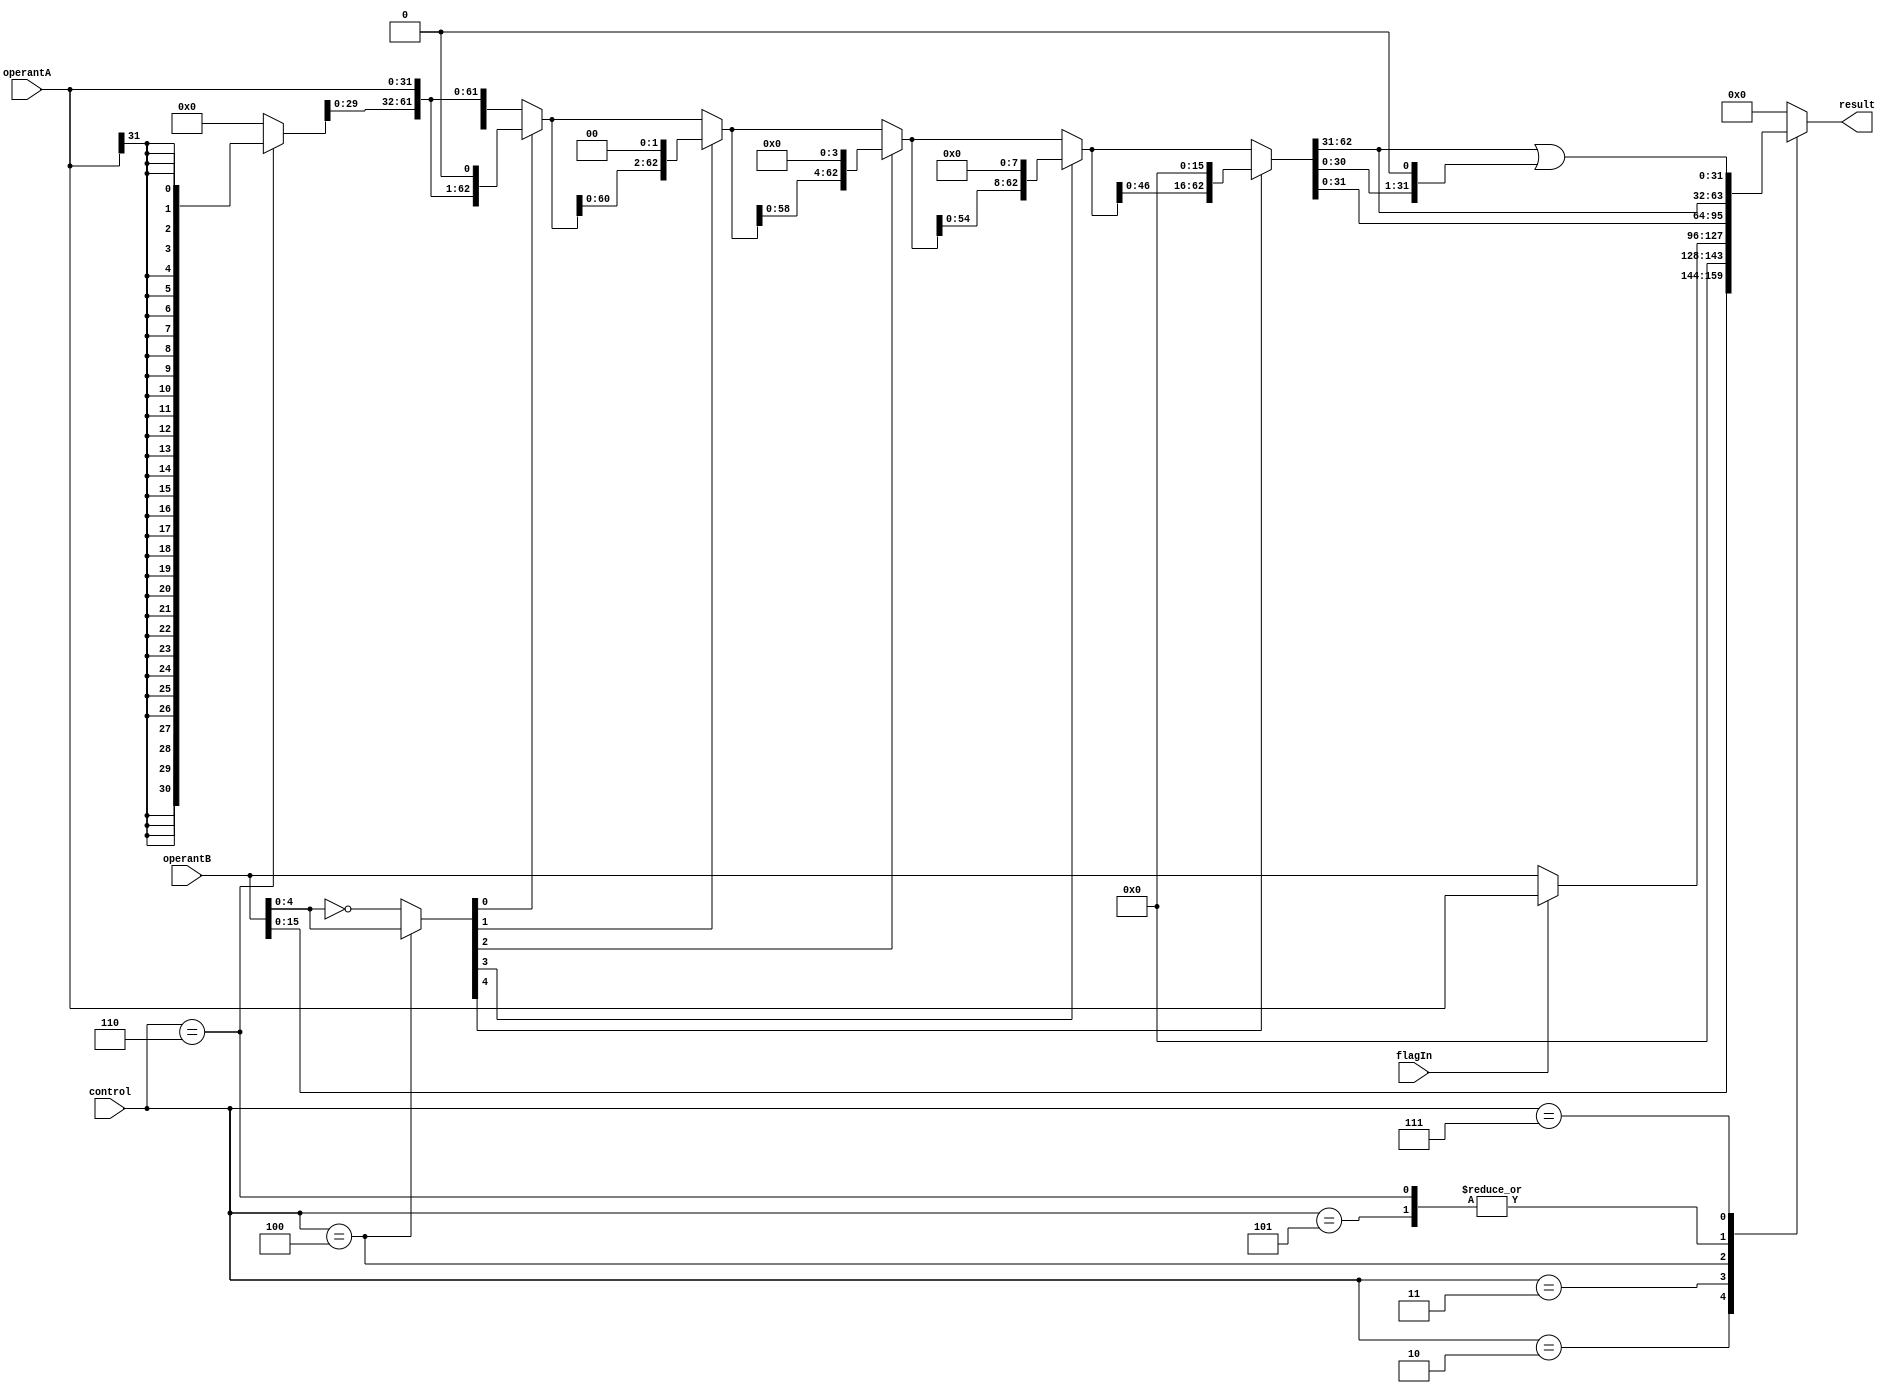
module shifter ( input wire [2:0]   control,
                 input wire         flagIn,
                 input wire [31:0]  operantA,
                                    operantB,
                 output reg [31:0]  result );

  wire [ 4:0] s_shiftControl;
  wire [63:0] s_shiftIn, s_shiftStage1, s_shiftStage2, s_shiftStage3, s_shiftStage4, s_shiftStage5;
  
  assign s_shiftIn[63:32] = control == 3'b110 ? {32{operantA[31]}} : {32{1'b0}};
  assign s_shiftIn[31:0]  = operantA;
  assign s_shiftControl = control == 3'b100 ? operantB[4:0] : ~operantB[4:0];
  assign s_shiftStage1 = s_shiftControl[0] == 1'b0 ? s_shiftIn : {s_shiftIn[62:0],1'b0};
  assign s_shiftStage2 = s_shiftControl[1] == 1'b0 ? s_shiftStage1 : {s_shiftStage1[61:0],2'b00};
  assign s_shiftStage3 = s_shiftControl[2] == 1'b0 ? s_shiftStage2 : {s_shiftStage2[59:0],4'h0};
  assign s_shiftStage4 = s_shiftControl[3] == 1'b0 ? s_shiftStage3 : {s_shiftStage3[55:0],8'h00};
  assign s_shiftStage5 = s_shiftControl[4] == 1'b0 ? s_shiftStage4 : {s_shiftStage4[47:0],16'h0000};
  
  always @*
    case (control)
      3'b010 : result <= {operantB[15:0],16'h0000};
      3'b011 : result <= flagIn == 1'b1 ? operantA : operantB;
      3'b100 : result <= s_shiftStage5[31:0];
      3'b101 : result <= s_shiftStage5[62:31];
      3'b110 : result <= s_shiftStage5[62:31];
      3'b111 : result <= s_shiftStage5[62:31] | {s_shiftStage5[30:0],1'b0};
      default: result <= {32{1'b0}};
    endcase
endmodule